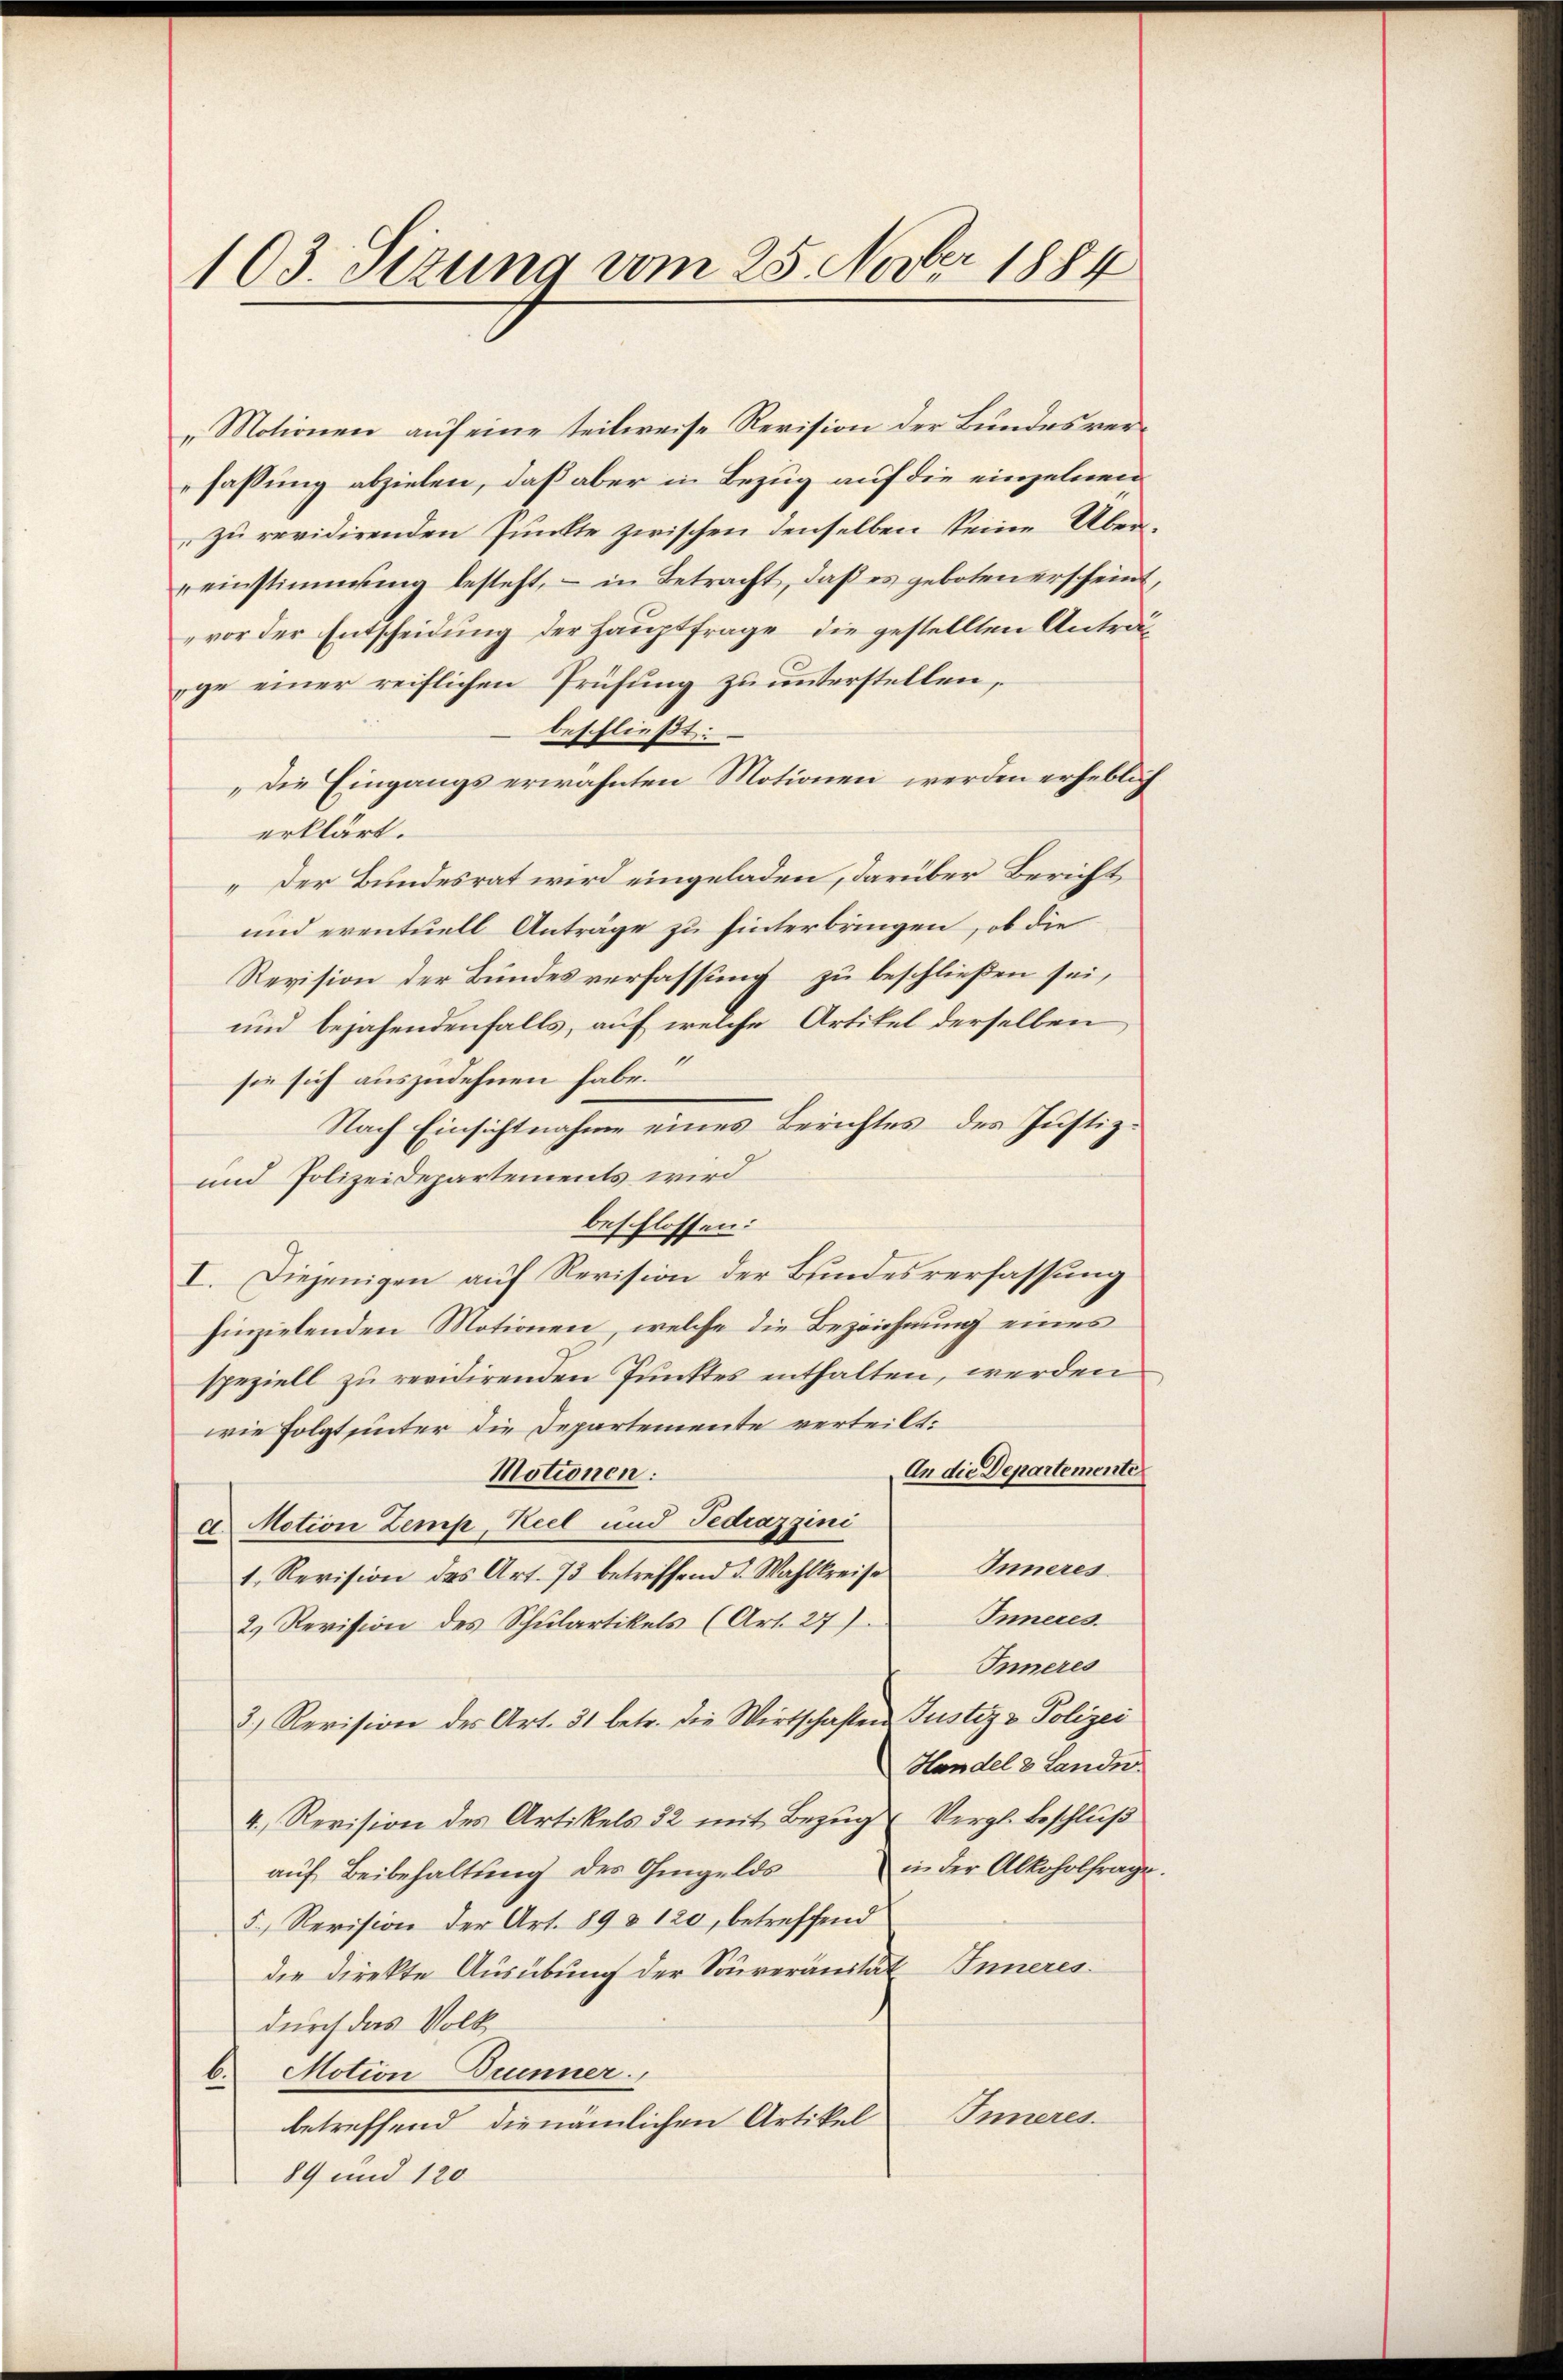
103. Sizung vom 25. Novber 1884

„Motionen auf eine teilweise Revision der Bundes verfassung abzielen, daß aber in Bezug auf die einzelnen
zu revidirenden Punkte zwischen denselben keine Überreinstimmung besteht, - in Betracht, daβ es geboten erscheint,
vor der Entscheidung der Hauptfrage die gestellten Anträge einer reiflichen Prüfung zu unterstellen,
beschließt:
„Die Eingangs erwähnten Motionen werden erheblich
erklärt.
„Der Bundesrat wird eingeladen, darüber Bericht
und eventuell Anträge zu hinterbringen, ob die
Revision der Bundesverfassung zu beschließen sei,
und bejahendenfalls, auf welche Artikel derselben
sie sich auszudehnen habe.
Nach Einsichtnahme eines Berichtes des Justiz¬
und Polizeidepartements wird
beschlossen:
I. Diejenigen auf Revision der Bundesverfassung
hinzielenden Motionen, welche die Bezeichnung eines
speziell zu revidirenden Punktes enthalten, werden
wie folgt unter die Departemente verteilt:
An die Departemente
Motionen:
a. Motion Zemp, Keel und Tedrazzini
Inneres
1. Revision des Art. 73 betreffend d. Wahlkreise
Inneres.
2. Revision des Schulartikels (Art. 27)
Inneres
3) Revision des Art. 31 betr. die Wirtschaften Justiz & Polizei
Handel & Lande
4. Revision des Artikels 32 mit Bezŭg u Vergl. Beschluß
aŭf Beibehaltŭng des Ohmgelds in der Alkoholfrage
5. Revision der Art. 89 & 120, betreffend
die Direkte Ausübung der Souveränität Inneres
durch das Volk
6. Motion Dunner.
Inneres.
betreffend die nämlichen Artikel
84 und 120